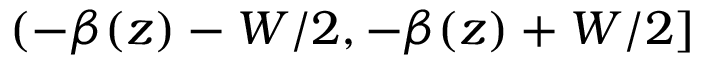
( - \beta ( z ) - W / 2 , - \beta ( z ) + W / 2 ]